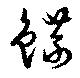
鰈